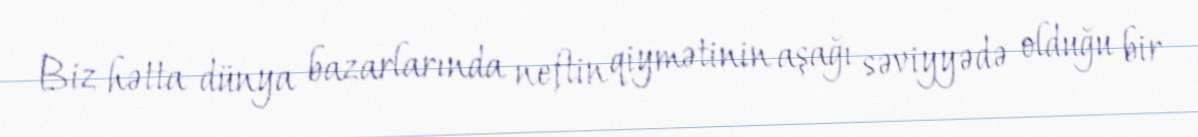
Biz hətta dünya bazarlarında neftin qiymətinin aşağı səviyyədə olduğu bir